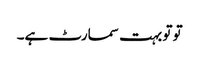
تو تو بہت سمارٹ ہے۔